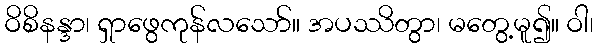
ဝိစိနန္ဒာ၊ ရှာဖွေကုန်လသော်။ အပဿိတွာ၊ မတွေ့မူ၍။ ဝါ၊